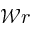
\mathcal { W } r